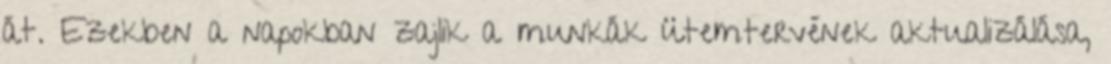
át. Ezekben a napokban zajlik a munkák ütemtervének aktualizálása,